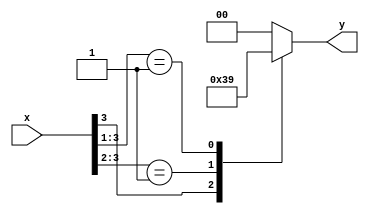
module _4bit_piority_encoder (x,y);
input [3:0]x;
output reg [1:0]y;
always @(*) begin
casex(x)
4'b1xxx: y=2'b11;  // that means must be unkwon which is wrong  so i can solve it by typing casex instead of case
4'b01xx: y=2'b10;
4'b001x: y=2'b01;
default: y=2'b00;
endcase
end
initial begin
 $monitor("x=%b, y=%b",x,y);
 end
endmodule